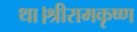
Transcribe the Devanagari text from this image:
था।श्रीरामकृष्ण